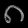
Digit: ၈